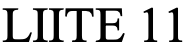
LIITE 11